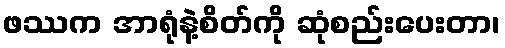
ဖဿက အာရုံနဲ့စိတ်ကို ဆုံစည်းပေးတာ၊